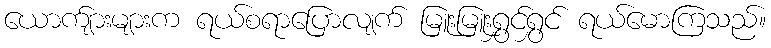
ယောက်ျားများက ရယ်စရာပြောလျက် မြူးမြူးရွှင်ရွှင် ရယ်မောကြသည်။